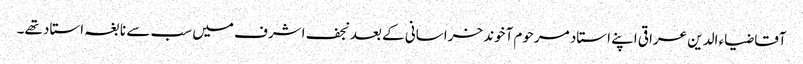
آقا ضیاء الدین عراقی اپنے استاد مرحوم آخوند خراسانی کے بعد نجف اشرف میں سب سے نابغہ استاد تھے۔